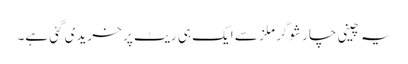
یہ چینی چار شوگر ملز سے ایک ہی ریٹ پر خریدی گئی ہے۔